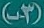
(3-ب)